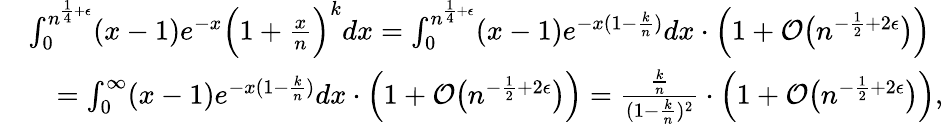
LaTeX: \begin{array}{rl}&{\int_{0}^{n^{\frac{1}{4}+\epsilon}}(x-1)e^{-x}\Big(1+\frac{x}{n}\Big)^{k}dx=\int_{0}^{n^{\frac{1}{4}+\epsilon}}(x-1)e^{-x(1-\frac{k}{n})}dx\cdot\Big(1+\mathcal{O}\big(n^{-\frac{1}{2}+2\epsilon}\big)\Big)}\\ &{\quad=\int_{0}^{\infty}(x-1)e^{-x(1-\frac{k}{n})}dx\cdot\Big(1+\mathcal{O}\big(n^{-\frac{1}{2}+2\epsilon}\big)\Big)=\frac{\frac{k}{n}}{(1-\frac{k}{n})^{2}}\cdot\Big(1+\mathcal{O}\big(n^{-\frac{1}{2}+2\epsilon}\big)\Big),}\end{array}